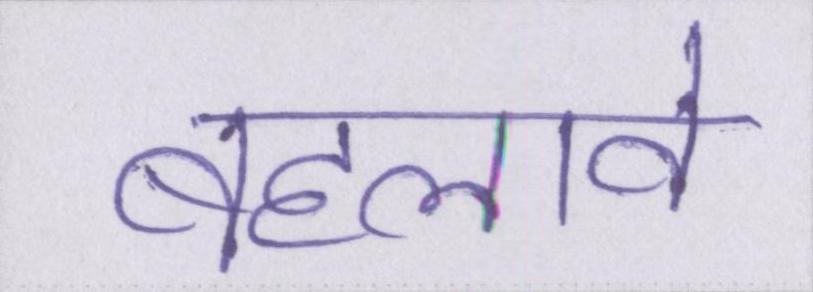
बहलावे